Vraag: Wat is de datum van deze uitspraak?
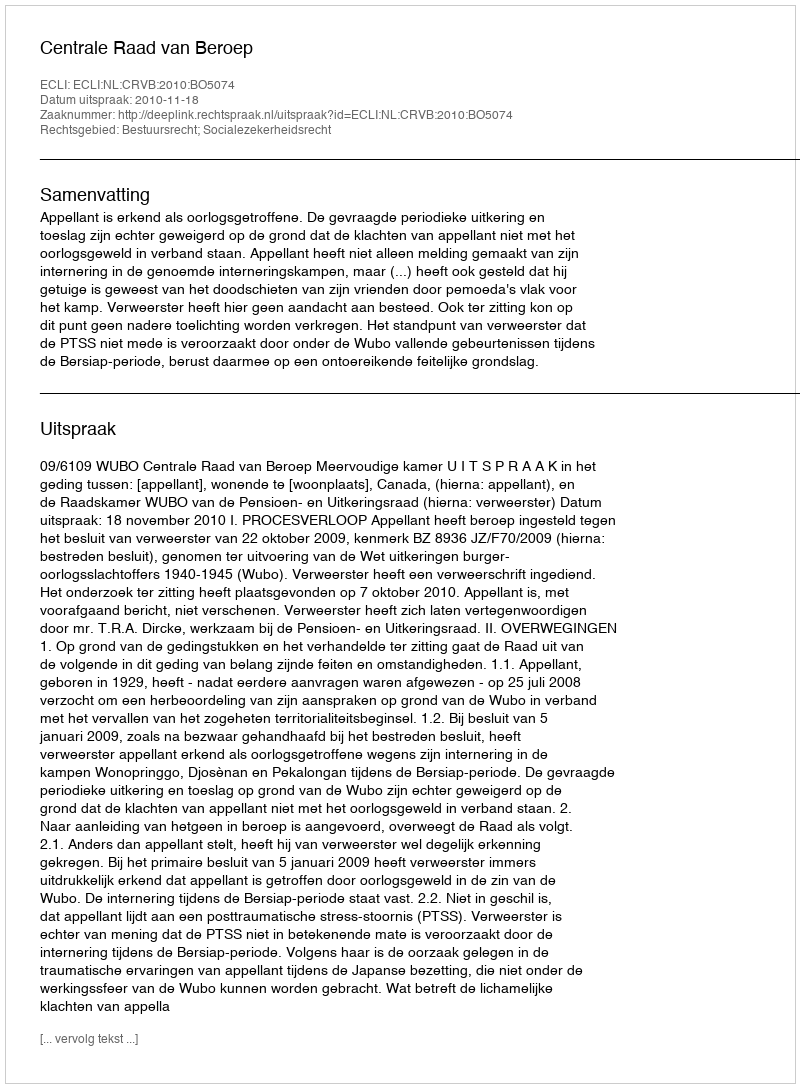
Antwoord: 2010-11-18